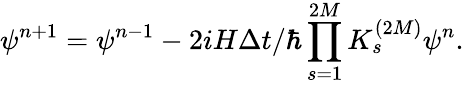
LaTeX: \psi^{n+1}=\psi^{n-1}-2iH\Delta t/\hbar\prod_{s=1}^{2M}K_{s}^{(2M)}\psi^{n}.